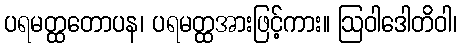
ပရမတ္ထတောပန၊ ပရမတ္ထအားဖြင့်ကား။ ဩဝါဒေါတိဝါ၊